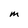
Character: M